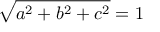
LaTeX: { \sqrt { a ^ { 2 } + b ^ { 2 } + c ^ { 2 } } } = 1